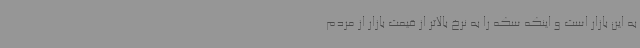
به این بازار است و اینکه سکه را به نرخ بالاتر از قیمت بازار از مردم